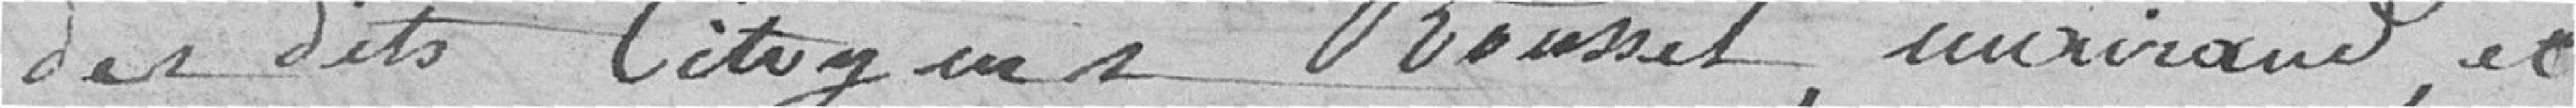
desdits citoyens Roussel, Moiraud, et